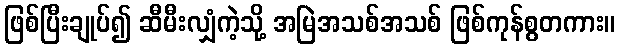
ဖြစ်ပြီးချုပ်၍ ဆီမီးလျှံကဲ့သို့ အမြဲအသစ်အသစ် ဖြစ်ကုန်စွတကား။